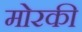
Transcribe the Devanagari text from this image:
मोरकी